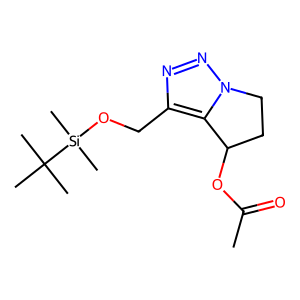
SMILES: CC(=O)OC1CCn2nnc(CO[Si](C)(C)C(C)(C)C)c21
Inhibits HIV replication: No